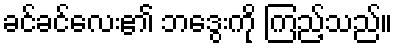
ခင်ခင်လေး၏ ဘဒွေးကို ကြည့်သည်။